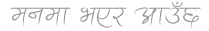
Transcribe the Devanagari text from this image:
मनमा भएर आउँछ